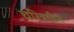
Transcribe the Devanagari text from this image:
चरित्रगीते